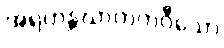
အရဟန္တဃာတကဝီသော